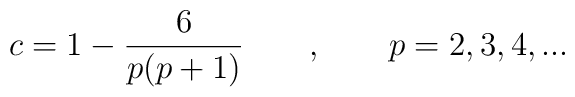
c=1-\frac{6}{p(p+1)}\qquad ,\qquad p=2,3,4,...